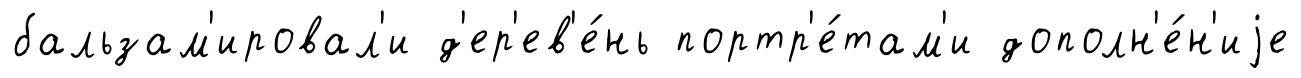
бальзам'ировал'и д'ер'ев'е́нь портр'е́там'и дополн'е́н'иjе